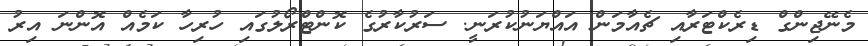
މެނޭޖިންގް ޑިރެކްޓަރާއި ޗެއާމަން އައްޔަނުކުރަނީ. ސަރުކާރުގެ ކޮންޓްރޯލުގައި ހުރިހާ ކަމެއް އޮންނަ އިރު